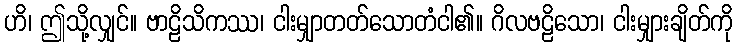
ဟိ၊ ဤသို့လျှင်။ ဗာဠိသိကဿ၊ ငါးမျှာတတ်သောတံငါ၏။ ဂိလဗဠိသော၊ ငါးမျှားချိတ်ကို